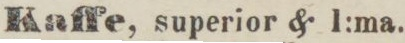
Kaffe, superior & l:ma.